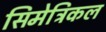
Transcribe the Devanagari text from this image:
सिमेट्रिकल